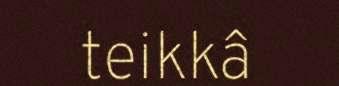
teikkâ